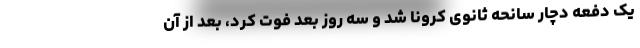
یک دفعه دچار سانحه ثانوی کرونا شد و سه روز بعد فوت کرد، بعد از آن